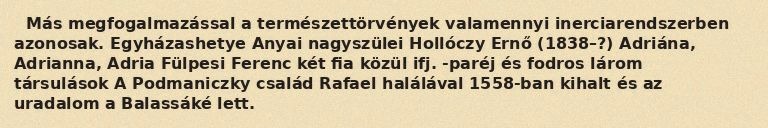
Más megfogalmazással a természettörvények valamennyi inerciarendszerben azonosak. Egyházashetye Anyai nagyszülei Hollóczy Ernő (1838–?) Adriána, Adrianna, Adria Fülpesi Ferenc két fia közül ifj. -paréj és fodros lárom társulások A Podmaniczky család Rafael halálával 1558-ban kihalt és az uradalom a Balassáké lett.